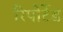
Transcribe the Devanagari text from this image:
रिपोर्टेड